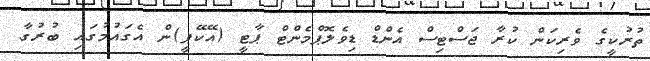
ތުރުކީގެ ވެރިކަން ކުރާ ޖަސްޓިސް އެންޑް ޑިވެލޮޕްމެންޓް ޕާޓީ (އޭކޭޕީ)ން އެގައުމުގައި ބުރުގާ